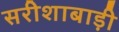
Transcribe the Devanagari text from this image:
सरीशाबाड़ी